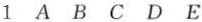
1 A B C D E